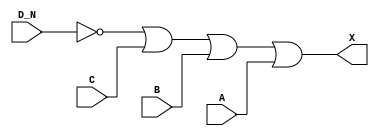
module sky130_fd_sc_ls__or4b (
    X  ,
    A  ,
    B  ,
    C  ,
    D_N
);

    // Module ports
    output X  ;
    input  A  ;
    input  B  ;
    input  C  ;
    input  D_N;

    // Module supplies
    supply1 VPWR;
    supply0 VGND;
    supply1 VPB ;
    supply0 VNB ;

    // Local signals
    wire not0_out ;
    wire or0_out_X;

    //  Name  Output     Other arguments
    not not0 (not0_out , D_N              );
    or  or0  (or0_out_X, not0_out, C, B, A);
    buf buf0 (X        , or0_out_X        );

endmodule